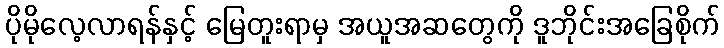
ပိုမိုလေ့လာရန်နှင့် မြေတူးရာမှ အယူအဆတွေကို ဒူဘိုင်းအခြေစိုက်